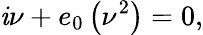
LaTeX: \mathit{i}\nu+e_{0}\left(\nu^{2}\right)=0,